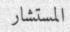
المستشار